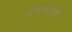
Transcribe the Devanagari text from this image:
अत्याचारही